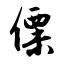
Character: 僳